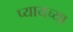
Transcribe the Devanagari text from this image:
प्यायच्या